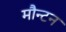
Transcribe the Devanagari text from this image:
मौन्टन